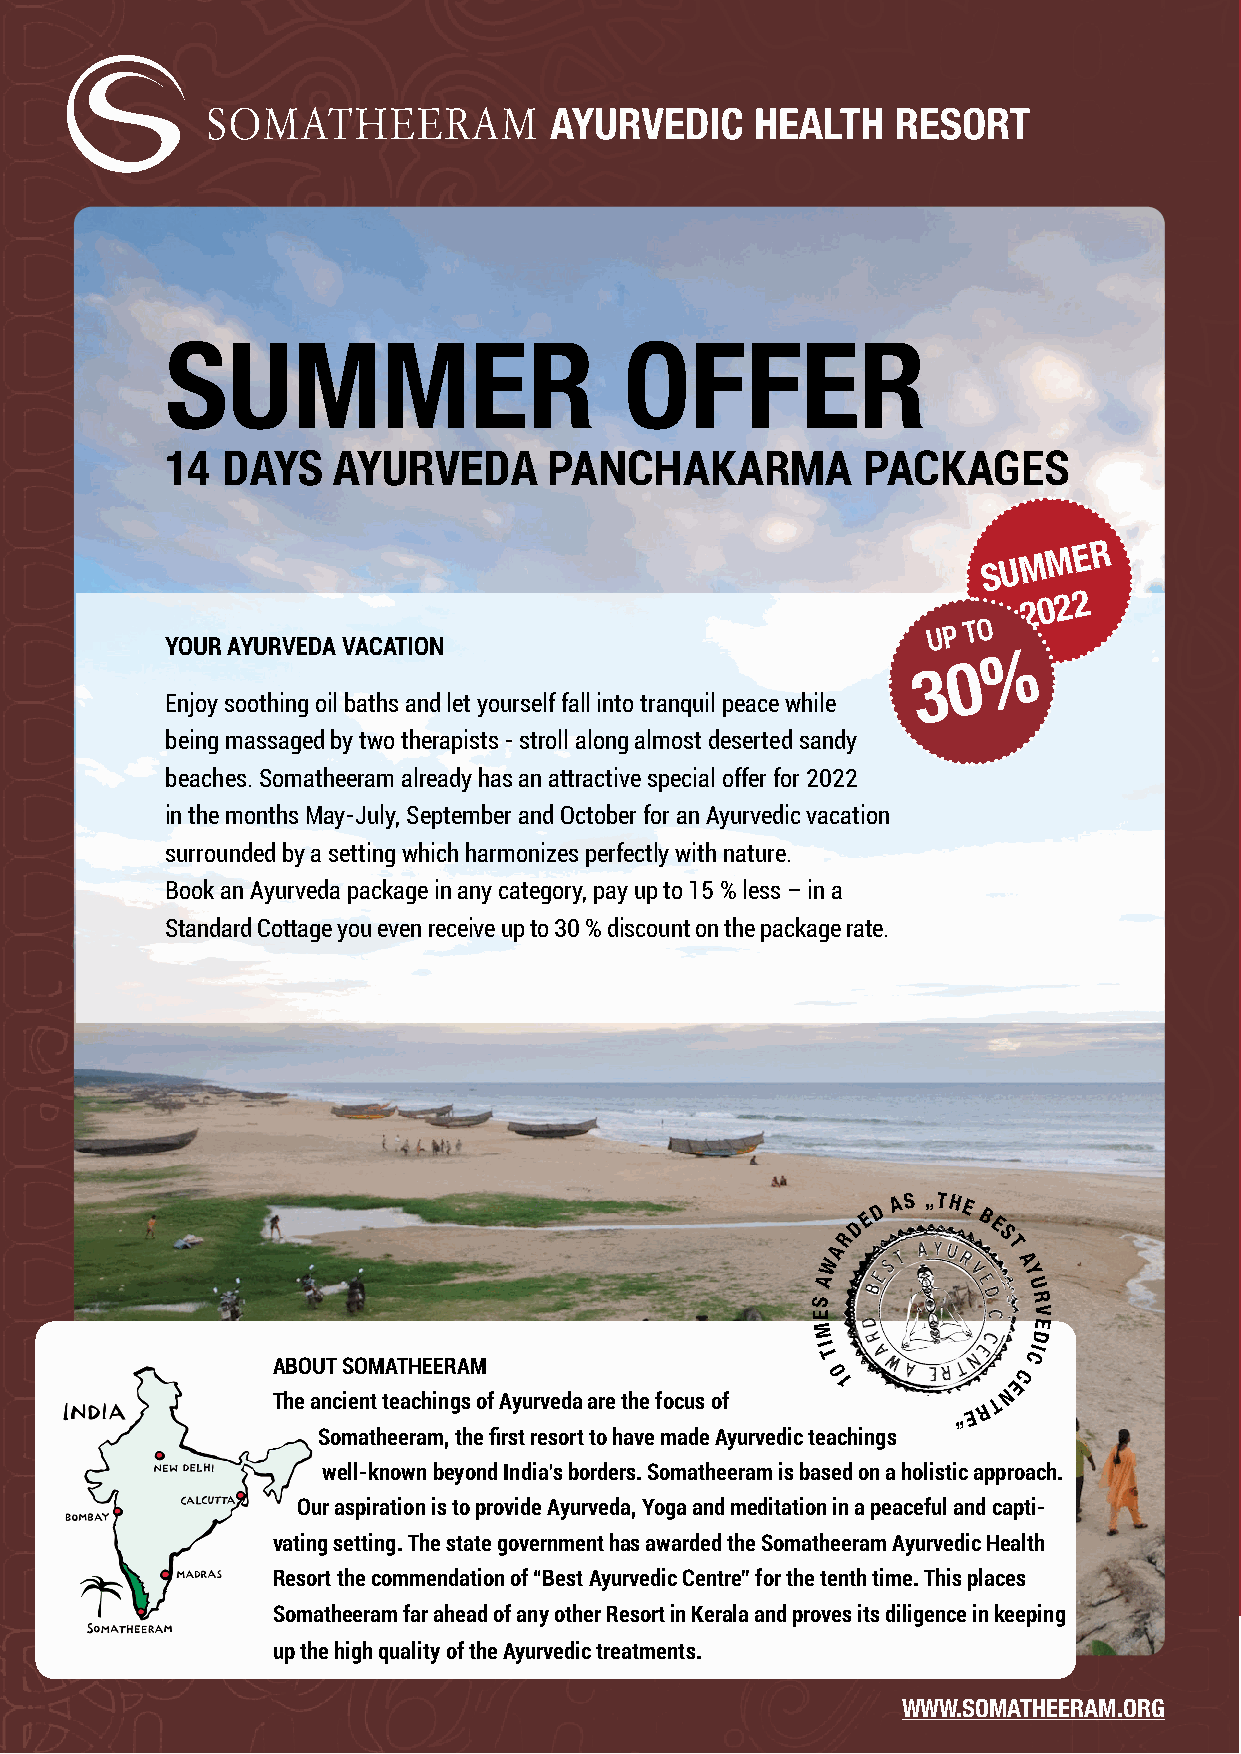
SUMMER                        OFFER
 14  DAYS   AYURVEDA      PANCHAKARMA          PACKAGES
 S U M M E R
 2 0 2 2
 U P
 TO
 YOUR AYURVEDA VACATION
 Enjoy soothing oil baths and let yourself fall into tranquil peace while
 being massaged by two therapists - stroll along almost deserted sandy
 beaches. Somatheeram already has an attractive special offer for 2022
 in the months May-July, September and October for an Ayurvedic vacation
 surrounded by a setting which harmonizes perfectly with nature.
 Book an Ayurveda package in any category, pay up to 15 % less – in a
 Standard Cottage you even receive up to 30 % discount on the package rate.
 D
 A S „THE
 E      B
 D       E
 R         S
 A          T
 W           A
 A            Y
 U
 S             R
 E             V
 E
 M             D
 I
 T
 CI
 ABOUT SOMATHEERAM
 0           C
 1           E
 N
 The ancient teachings of Ayurveda are the focus of “ E R T
 Somatheeram, the first resort to have made Ayurvedic teachings
 well-known beyond India’s borders. Somatheeram is based on a holistic approach.
 Our aspiration is to provide Ayurveda, Yoga and meditation in a peaceful and capti-
 vating setting. The state government has awarded the Somatheeram Ayurvedic Health
 Resort the commendation of “Best Ayurvedic Centre” for the tenth time. This places
 Somatheeram far ahead of any other Resort in Kerala and proves its diligence in keeping
 up the high quality of the Ayurvedic treatments.
 WWW.SOMATHEERAM.ORG